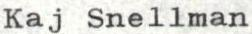
Kaj Snellman